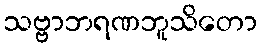
သဗ္ဗာဘရဏဘူသိတော